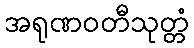
အရုဏဝတီသုတ္တံ